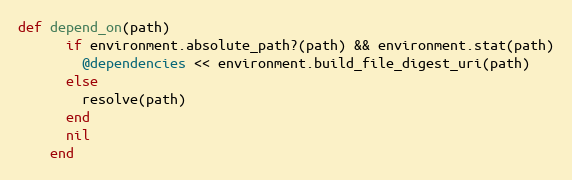
Language: Ruby
def depend_on(path)
      if environment.absolute_path?(path) && environment.stat(path)
        @dependencies << environment.build_file_digest_uri(path)
      else
        resolve(path)
      end
      nil
    end